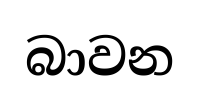
බාවන